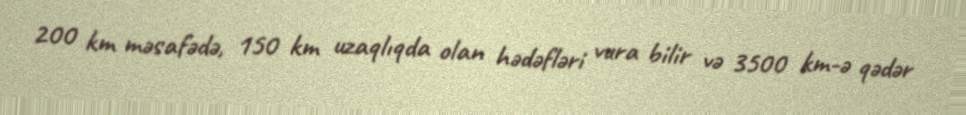
200 km məsafədə, 150 km uzaqlıqda olan hədəfləri vura bilir və 3500 km-ə qədər